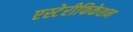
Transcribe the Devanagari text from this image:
एस्टेरीफिकेशन